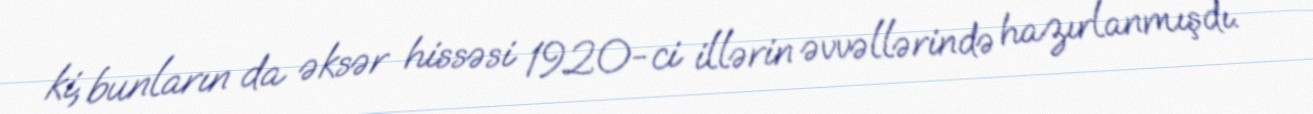
ki, bunların da əksər hissəsi 1920-ci illərin əvvəllərində hazırlanmışdı.